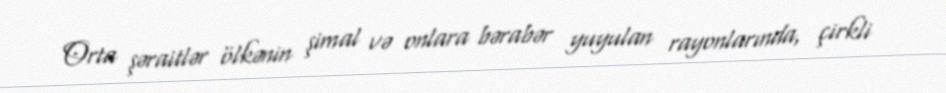
Orta şəraitlər ölkənin şimal və onlara bərabər yuyulan rayonlarında, çirkli